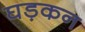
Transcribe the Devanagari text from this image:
घड़कन